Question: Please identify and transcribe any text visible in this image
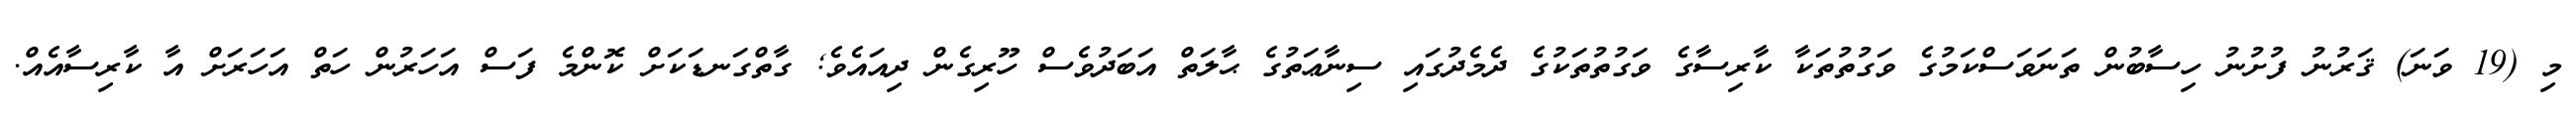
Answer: މި (19 ވަނަ) ޤަރުނު ފުށުނު ހިސާބުން ތަނަވަސްކަމުގެ ވަގުތުތަކާ ކާރިސާގެ ވަގުތުތަކުގެ ދެމެދުގައި ސިނާޢަތުގެ ޙާލަތް އަބަދުވެސް ހޫރިގެން ދިއައެވެ; ގާތްގަނޑަކަށް ކޮންމެ ފަސް އަހަރުން ހަތް އަހަރަށް އާ ކާރިސާއެއް.